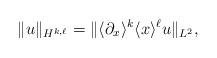
LaTeX: \begin{align*}\|u\|_{H^{k,\ell}} = \|\langle\partial_x\rangle^k \langle x\rangle^\ell u\|_{L^2}, \end{align*}